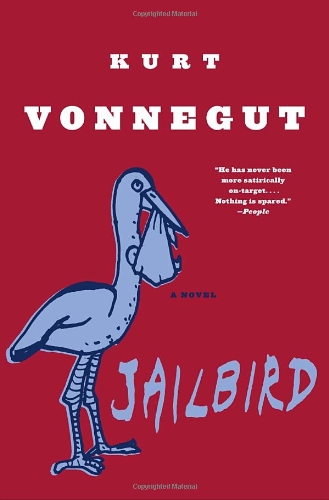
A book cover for Jailbird: A Novel; Kurt Vonnegut; Literature & Fiction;